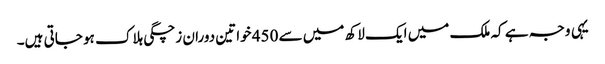
یہی وجہ ہے کہ ملک میں ایک لاکھ میں سے 450 خواتین دوران زچگی ہلاک ہو جاتی ہیں۔